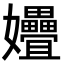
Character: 㜼